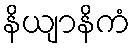
နိယျာနိကံ